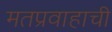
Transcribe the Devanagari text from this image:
मतप्रवाहाची